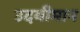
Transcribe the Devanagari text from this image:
उदयीमान